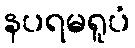
နပရမရူပံ